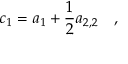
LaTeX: c _ { 1 } = a _ { 1 } + \frac 1 2 a _ { 2 , 2 } ~ ~ ~ ,